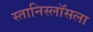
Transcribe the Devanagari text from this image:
स्तानिस्लॉसला